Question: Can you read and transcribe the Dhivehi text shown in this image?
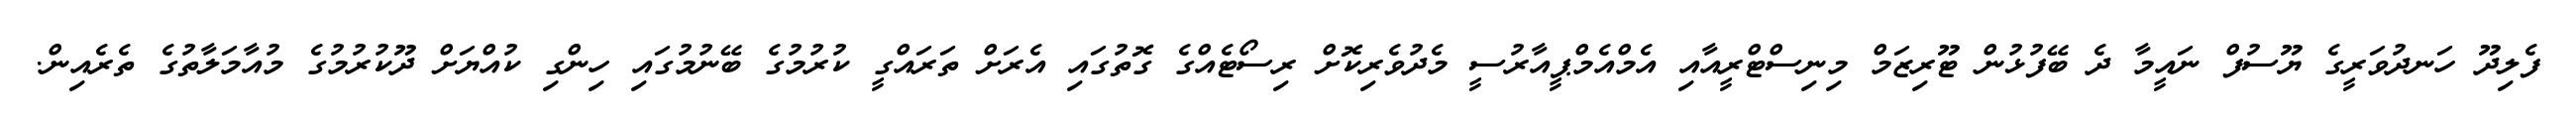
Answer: ފެލިދޫ ހަނދުވަރީގެ ޔޫސުފް ނައީމާ ދެ ބޭފުޅުން ޓޫރިޒަމް މިނިސްޓްރީއާއި އެމްއެމްޕީއާރުސީ މެދުވެރިކޮށް ރިސޯޓެއްގެ ގޮތުގައި އެރަށް ތަރައްގީ ކުރުމުގެ ބޭނުމުގައި ހިންގި ކުއްޔަށް ދޫކުރުމުގެ މުއާމަލާތުގެ ތެރެއިން.